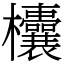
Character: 欜